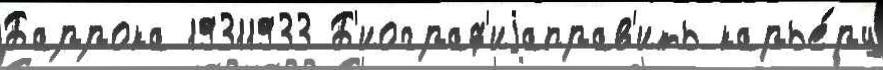
Баррока 19311933 Б'иограф'иjаправ'ить карье́ру